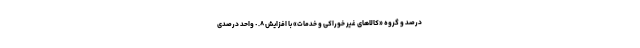
درصد و گروه «کالاهای غیر خوراکی و خدمات» با افزایش ٠.٨ واحد درصدی